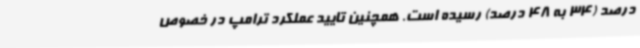
درصد (34 به 48 درصد) رسیده است. همچنین تایید عملکرد ترامپ در خصوص